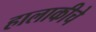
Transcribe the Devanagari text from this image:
हालाकीचे